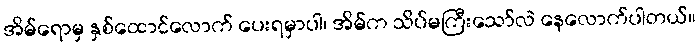
အိမ်ရောမှ နှစ်ထောင်လောက် ပေးရမှာပါ၊ အိမ်က သိပ်မကြီးသော်လဲ နေလောက်ပါတယ်။